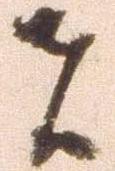
者